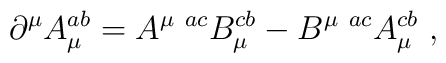
{\partial}^\mu A_\mu^{ab}=  A^{\mu~ ac} B_\mu^{cb}-B^{\mu~ ac}A_\mu^{cb}~,